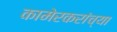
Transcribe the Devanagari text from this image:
कामेरकरांच्या